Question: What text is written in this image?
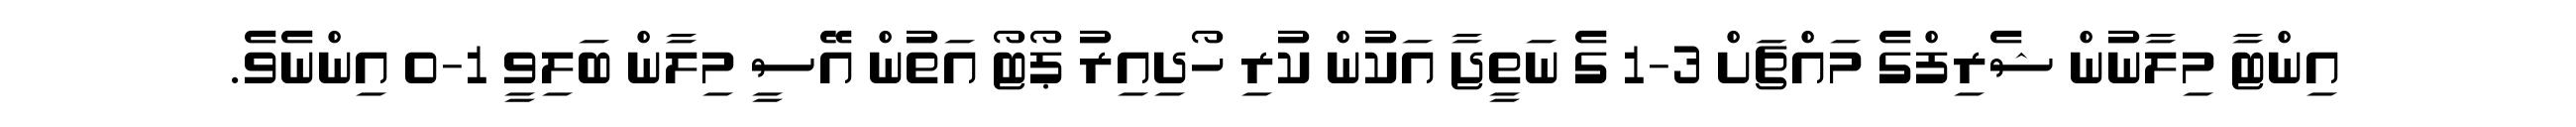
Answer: އިންޓާ މިލާނުން ޝެރިފްގެ މައްޗަށް 3-1 ގެ ނަތީޖާ އަކުން ކުރި ހޯދިއިރު ޕޯޓޯ އަތުން އޭސީ މިލާން ބަލިވީ 1-0 އިންނެވެ.